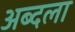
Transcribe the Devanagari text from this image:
अब्दला